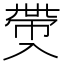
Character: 𠓶